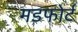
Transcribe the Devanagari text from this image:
मडफोर्ट